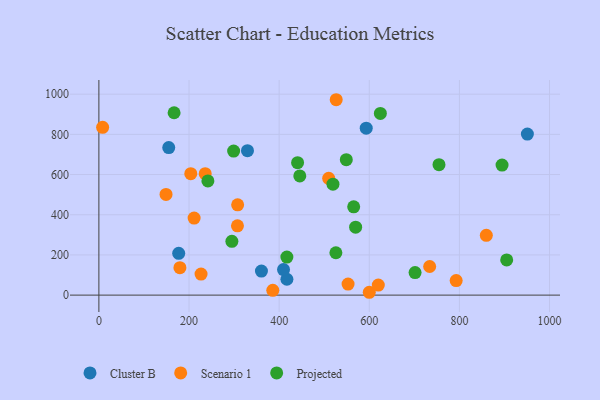
{"axis": {"x": "Study Hours", "y": "Fuel Efficiency"}, "legend": ["Cluster B", "Projected", "Scenario 1"], "data": [{"x": "177.1", "y": 208.1, "type": "Cluster B"}, {"x": "950.8", "y": 801.5, "type": "Cluster B"}, {"x": "329.7", "y": 718.7, "type": "Cluster B"}, {"x": "155.0", "y": 734.1, "type": "Cluster B"}, {"x": "593.2", "y": 830.9, "type": "Cluster B"}, {"x": "417.2", "y": 78.8, "type": "Cluster B"}, {"x": "409.7", "y": 126.9, "type": "Cluster B"}, {"x": "360.7", "y": 119.5, "type": "Cluster B"}, {"x": "307.9", "y": 449.4, "type": "Scenario 1"}, {"x": "149.0", "y": 501.0, "type": "Scenario 1"}, {"x": "203.9", "y": 604.3, "type": "Scenario 1"}, {"x": "859.7", "y": 297.5, "type": "Scenario 1"}, {"x": "600.0", "y": 14.1, "type": "Scenario 1"}, {"x": "211.3", "y": 383.2, "type": "Scenario 1"}, {"x": "509.9", "y": 581.2, "type": "Scenario 1"}, {"x": "734.0", "y": 142.4, "type": "Scenario 1"}, {"x": "226.7", "y": 104.9, "type": "Scenario 1"}, {"x": "385.9", "y": 23.9, "type": "Scenario 1"}, {"x": "526.6", "y": 972.4, "type": "Scenario 1"}, {"x": "620.0", "y": 50.1, "type": "Scenario 1"}, {"x": "792.8", "y": 72.5, "type": "Scenario 1"}, {"x": "8.3", "y": 835.2, "type": "Scenario 1"}, {"x": "235.9", "y": 604.4, "type": "Scenario 1"}, {"x": "552.9", "y": 54.8, "type": "Scenario 1"}, {"x": "307.5", "y": 344.9, "type": "Scenario 1"}, {"x": "179.8", "y": 136.5, "type": "Scenario 1"}, {"x": "525.9", "y": 210.9, "type": "Projected"}, {"x": "445.8", "y": 593.4, "type": "Projected"}, {"x": "295.1", "y": 267.6, "type": "Projected"}, {"x": "624.6", "y": 904.3, "type": "Projected"}, {"x": "549.0", "y": 674.1, "type": "Projected"}, {"x": "440.9", "y": 658.9, "type": "Projected"}, {"x": "569.7", "y": 338.0, "type": "Projected"}, {"x": "701.6", "y": 112.3, "type": "Projected"}, {"x": "754.7", "y": 649.0, "type": "Projected"}, {"x": "894.6", "y": 647.4, "type": "Projected"}, {"x": "241.9", "y": 568.5, "type": "Projected"}, {"x": "417.1", "y": 189.2, "type": "Projected"}, {"x": "904.9", "y": 175.1, "type": "Projected"}, {"x": "299.0", "y": 716.9, "type": "Projected"}, {"x": "166.9", "y": 907.6, "type": "Projected"}, {"x": "565.4", "y": 439.5, "type": "Projected"}, {"x": "519.4", "y": 552.2, "type": "Projected"}]}